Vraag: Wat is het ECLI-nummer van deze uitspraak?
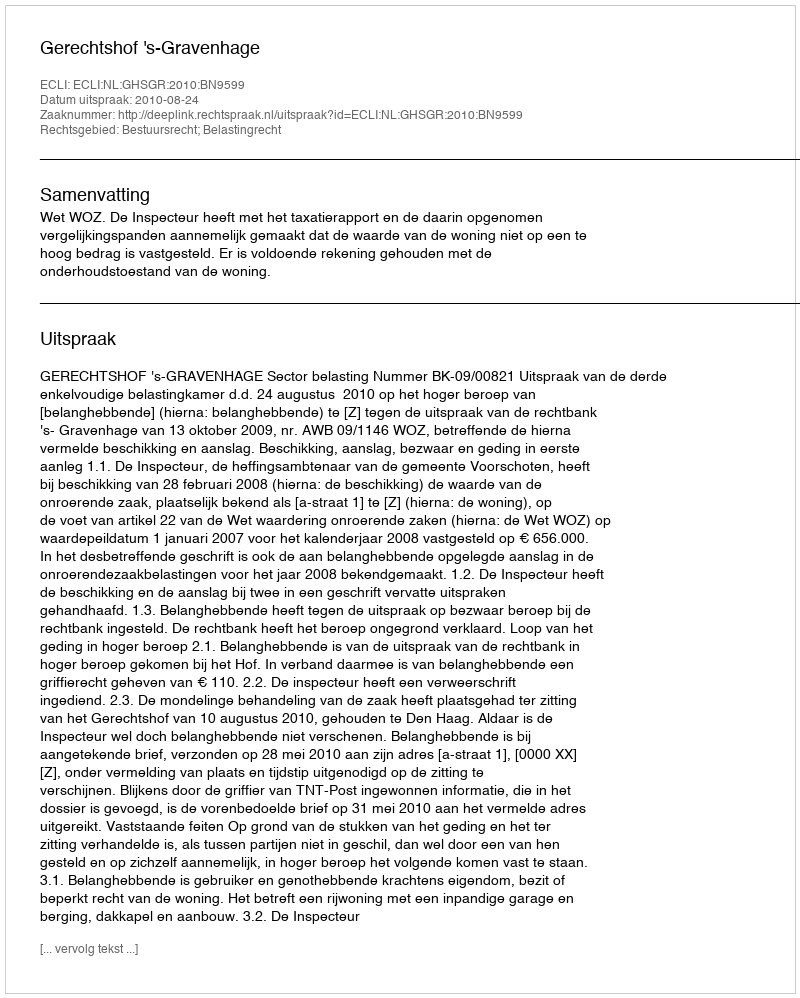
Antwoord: ECLI:NL:GHSGR:2010:BN9599